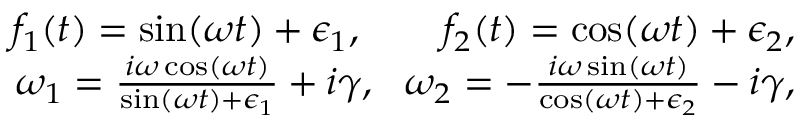
\begin{array} { r l r } & { } & { f _ { 1 } ( t ) = \sin ( \omega t ) + \epsilon _ { 1 } , ~ ~ ~ ~ ~ ~ f _ { 2 } ( t ) = \cos ( \omega t ) + \epsilon _ { 2 } , } \\ & { } & { \omega _ { 1 } = \frac { i \omega \cos ( \omega t ) } { \sin ( \omega t ) + \epsilon _ { 1 } } + i \gamma , ~ ~ \omega _ { 2 } = - \frac { i \omega \sin ( \omega t ) } { \cos ( \omega t ) + \epsilon _ { 2 } } - i \gamma , } \end{array}